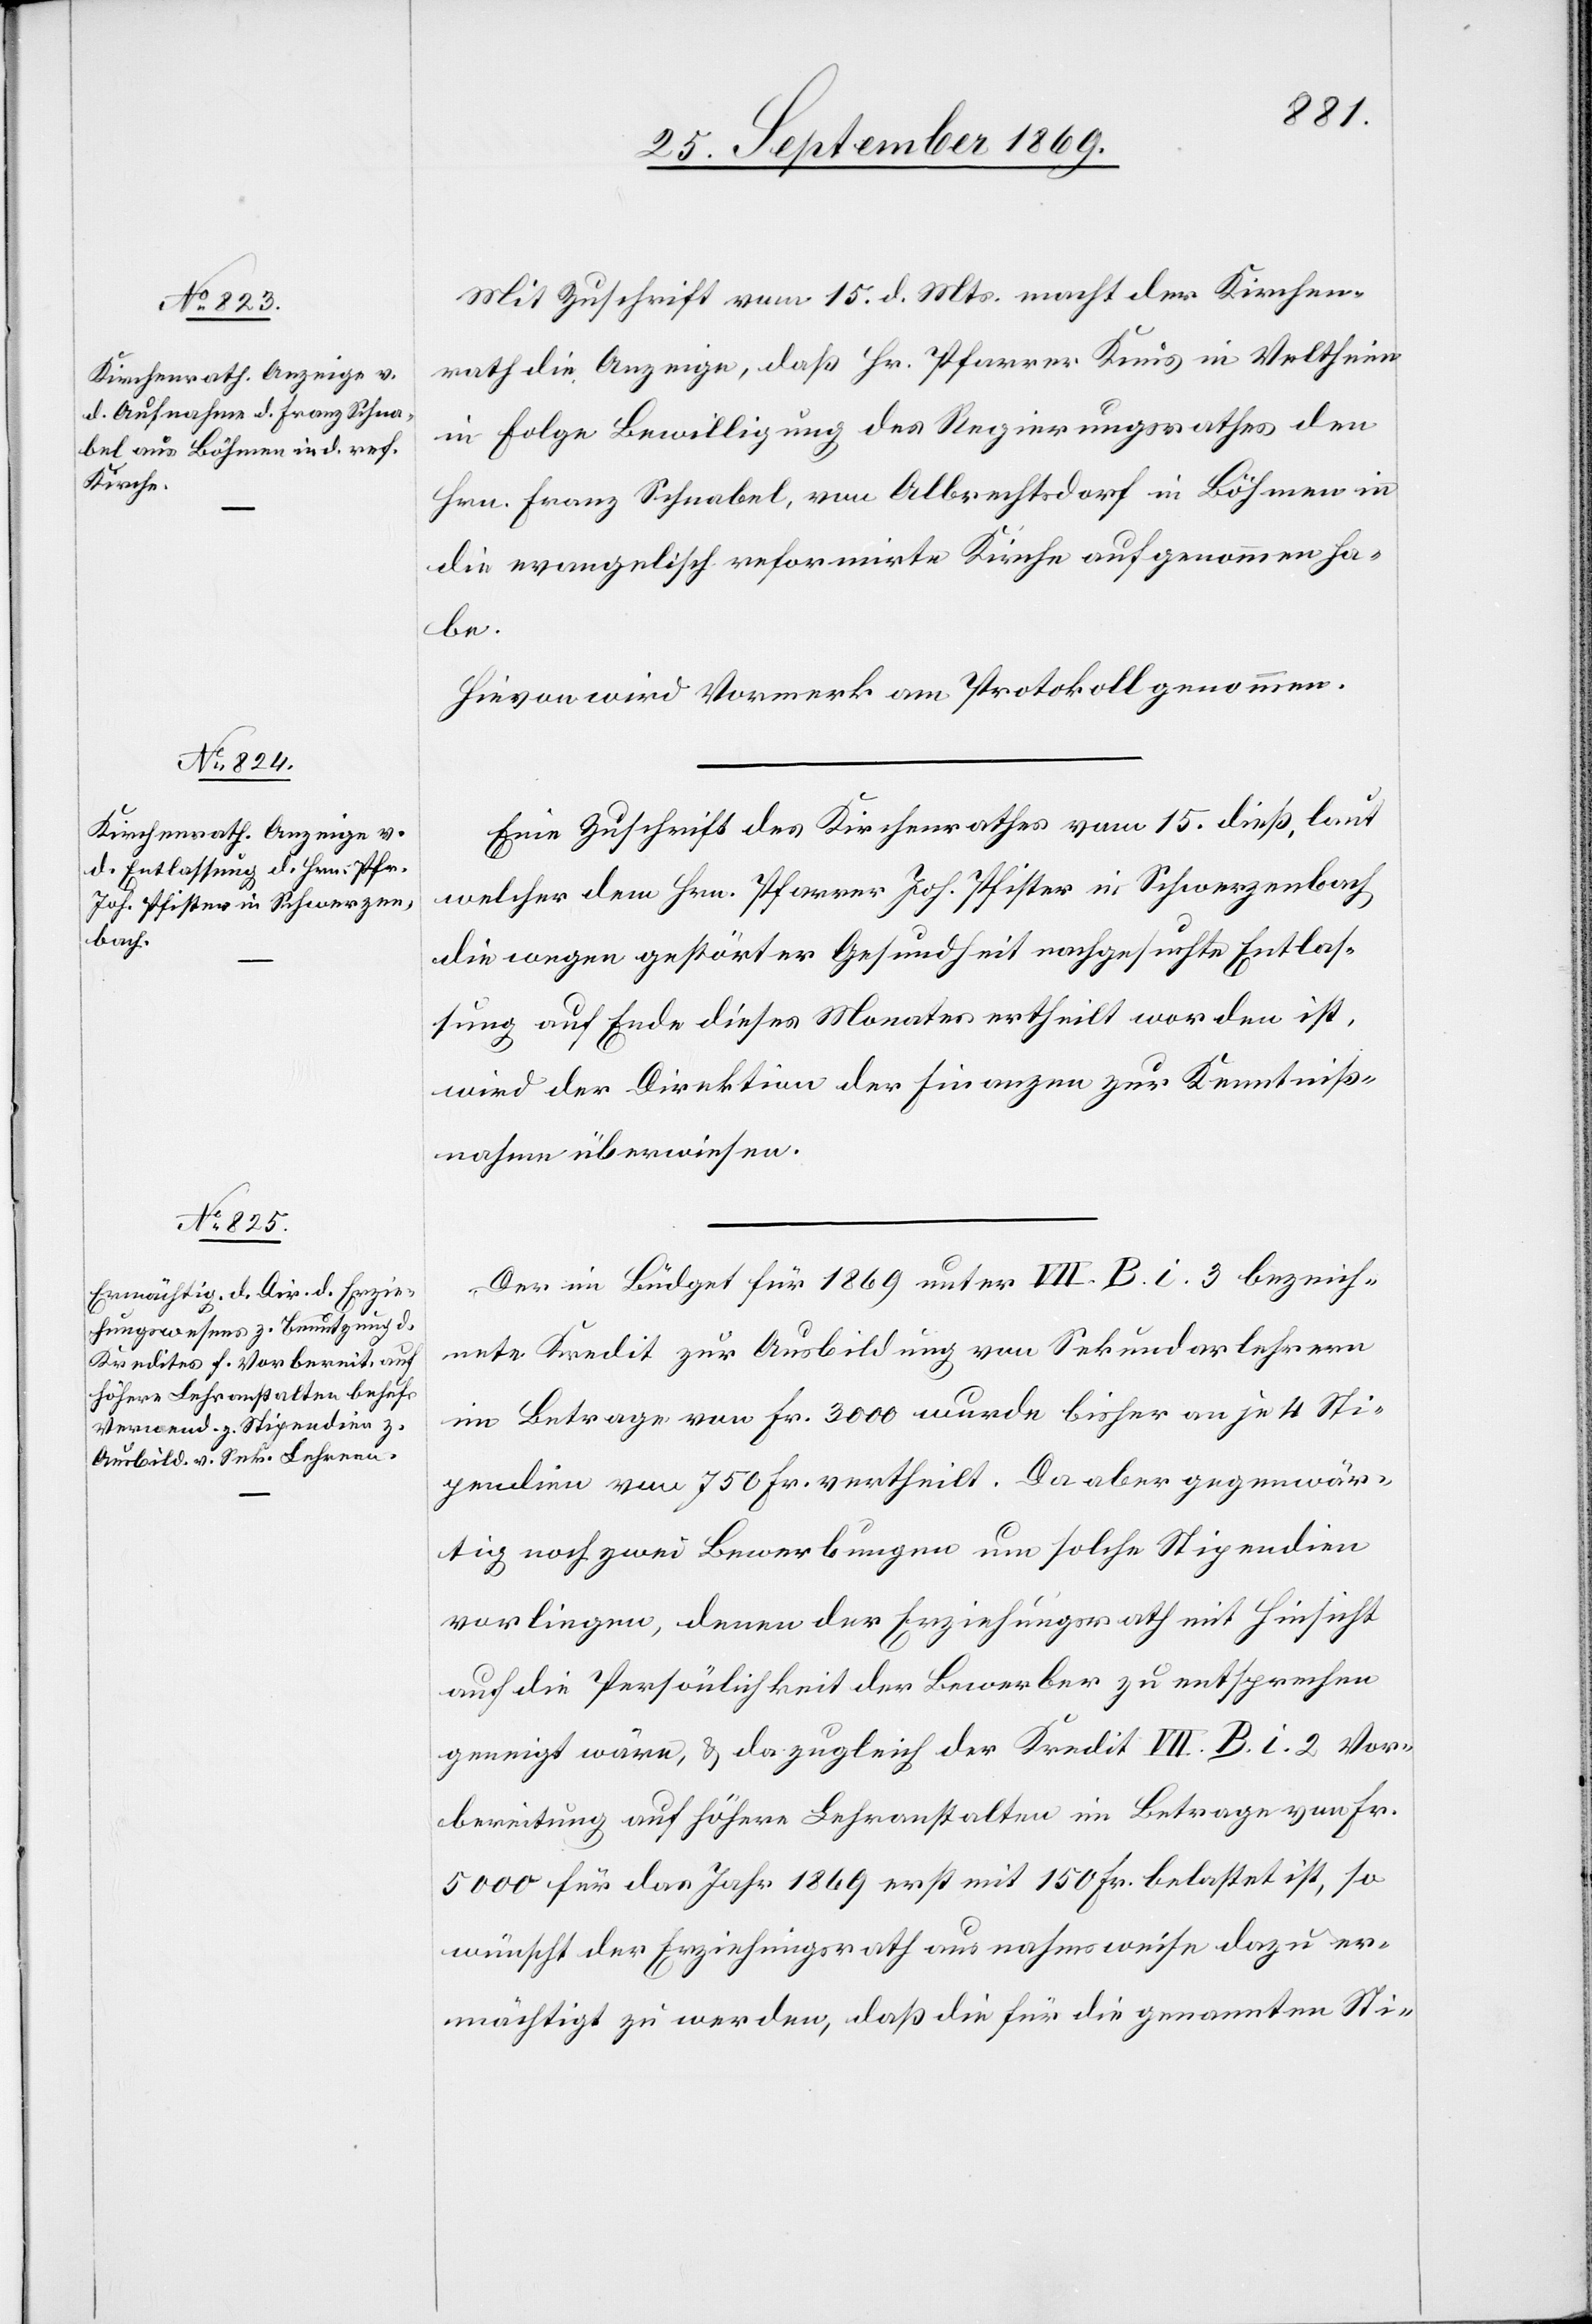
Mit Zuschrift vom 15. d. Mts. macht der Kirchen¬
rath die Anzeige, daß Hr. Pfarrer Knus in Veltheim
in Folge Bewilligung des Regierungsrathes den
Hrn. Franz Schnabel, von Albrechtsdorf in Böhmen in
die evangelisch reformirte Kirche aufgenommen ha¬
be.
Hievon wird Vormerk am Protokoll genommen.
Eine Zuschrift des Kirchenrathes vom 15. dieß, laut
welcher dem Hrn. Pfarrer Joh. Pfister in Schwerzenbach
die wegen gestörter Gesundheit nachgesuchte Entlas¬
sung auf Ende dieses Monates ertheilt worden ist,
wird der Direktion der Finanzen zur Kenntniß¬
nahme überwiesen.
Der im Büdget für 1869 unter VII. B. i. 3 bezeich¬
nete Kredit zur Ausbildung von Sekundarlehrern
im Betrage von Fr. 3000 wurde bisher an je 4 Sti¬
pendien von 750 Fr. vertheilt. Da aber gegenwär¬
tig noch zwei Bewerbungen um solche Stipendien
vorliegen, denen der Erziehungsrath mit Hinsicht
auf die Persönlichkeit der Bewerber zu entsprechen
geneigt wäre, & da zugleich der Kredit VII. B. i. 2 Vor¬
bereitung auf höhere Lehranstalten im Betrage von Fr.
5000 für das Jahr 1869 erst mit 150 Fr. belastet ist, so
wünscht der Erziehungsrath ausnahmsweise dazu er¬
mächtigt zu werden, daß die für die genannten Sti-